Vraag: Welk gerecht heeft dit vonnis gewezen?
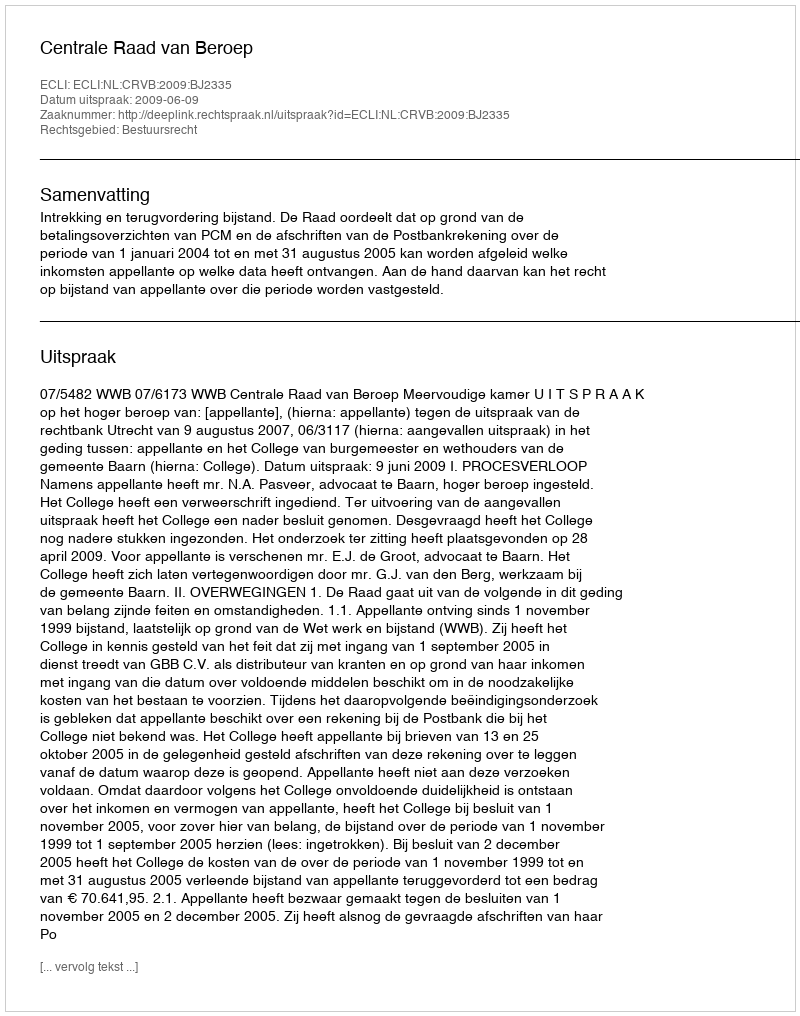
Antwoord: Centrale Raad van Beroep